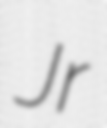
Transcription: Jr